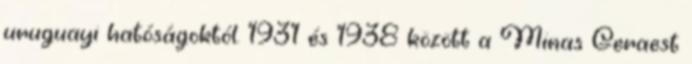
uruguayi hatóságoktól. 1931 és 1938 között a Minas Geraest